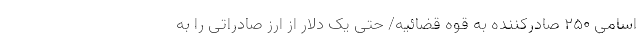
اسامی 250 صادرکننده به قوه قضائیه/ حتی یک دلار از ارز صادراتی را به